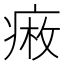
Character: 𤷠